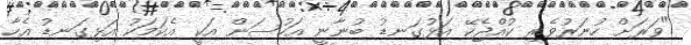
"ވަރަށް ހުނަރުވެރި ކުއްޖެކޭ އަޅުގަނޑު ބުނާނީ އަހުސަން އަކީ އެކަމަކު އަޅިގަނޑު އެހާ